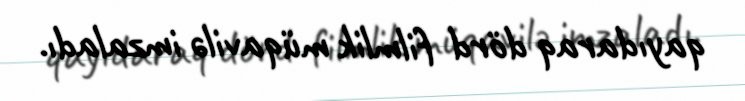
qayıdaraq dörd filmlik müqavilə imzaladı.